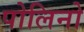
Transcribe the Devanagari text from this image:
पोलिनो